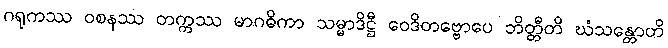
ဂရုကဿ ဝစနဿ တက္ကဿ မာဂဓိကာ သမ္မာဒိဋ္ဌီ ဝေဒိတဗ္ဗောပေ ဘိတ္တီတိ ဃံသန္တောတိ